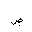
Letter: _sad